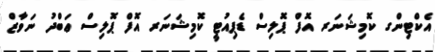
އެކްޓިންގ ކޮމިޝަނަރ އޮފް ޕޮލިސް ޑެޕިއުޓީ ކޮމިޝަނަރ އޮފް ޕޮލިސް ޢަބްދު ނަވާޒް